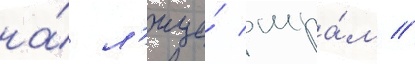
на́ л'ице́ шра́м //